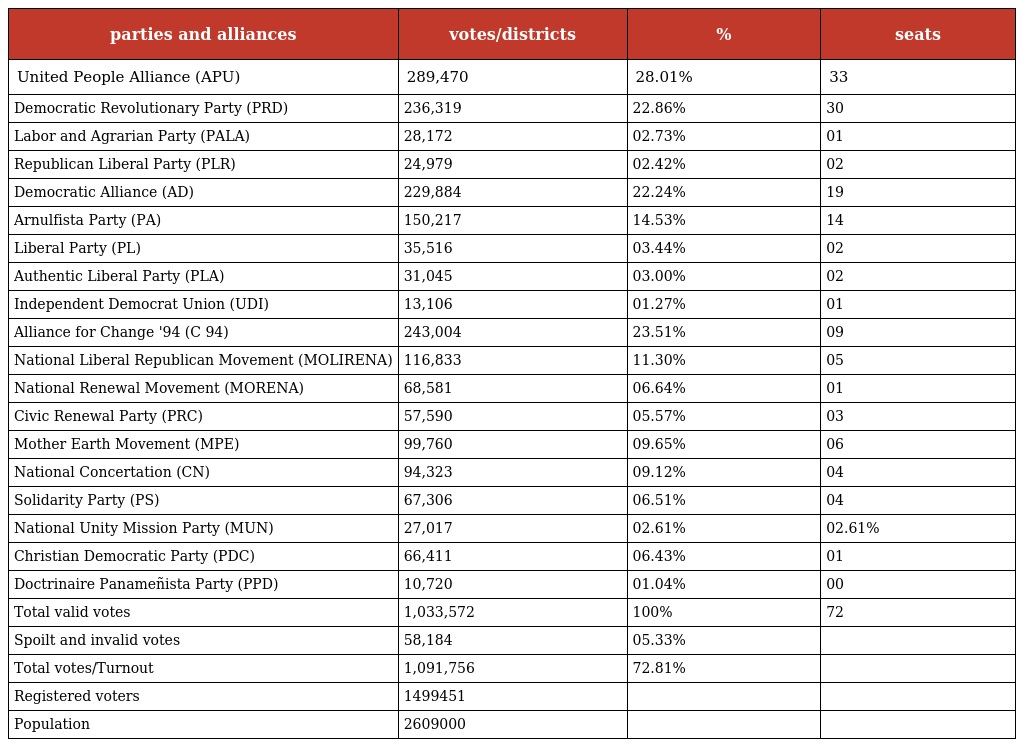
| parties and alliances | votes/districts | % | seats |
 | --- | --- | --- | --- |
 | United People Alliance (APU) | 289,470 | 28.01% | 33 |
 | Democratic Revolutionary Party (PRD) | 236,319 | 22.86% | 30 |
 | Labor and Agrarian Party (PALA) | 28,172 | 02.73% | 01 |
 | Republican Liberal Party (PLR) | 24,979 | 02.42% | 02 |
 | Democratic Alliance (AD) | 229,884 | 22.24% | 19 |
 | Arnulfista Party (PA) | 150,217 | 14.53% | 14 |
 | Liberal Party (PL) | 35,516 | 03.44% | 02 |
 | Authentic Liberal Party (PLA) | 31,045 | 03.00% | 02 |
 | Independent Democrat Union (UDI) | 13,106 | 01.27% | 01 |
 | Alliance for Change '94 (C 94) | 243,004 | 23.51% | 09 |
 | National Liberal Republican Movement (MOLIRENA) | 116,833 | 11.30% | 05 |
 | National Renewal Movement (MORENA) | 68,581 | 06.64% | 01 |
 | Civic Renewal Party (PRC) | 57,590 | 05.57% | 03 |
 | Mother Earth Movement (MPE) | 99,760 | 09.65% | 06 |
 | National Concertation (CN) | 94,323 | 09.12% | 04 |
 | Solidarity Party (PS) | 67,306 | 06.51% | 04 |
 | National Unity Mission Party (MUN) | 27,017 | 02.61% | 02.61% |
 | Christian Democratic Party (PDC) | 66,411 | 06.43% | 01 |
 | Doctrinaire Panameñista Party (PPD) | 10,720 | 01.04% | 00 |
 | Total valid votes | 1,033,572 | 100% | 72 |
 | Spoilt and invalid votes | 58,184 | 05.33% |  |
 | Total votes/Turnout | 1,091,756 | 72.81% |  |
 | Registered voters | 1499451 |  |  |
 | Population | 2609000 |  |  |